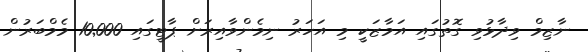
ނާޒިމް ވިދާޅުވި ގޮތުގައި އަމާޒަކީ މި އަހަރު ނިމެންވާއިރަށް ޕާޓީގައި 10